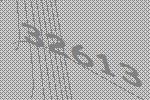
32613